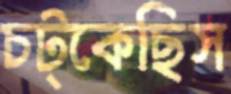
চট্‌কেছিস